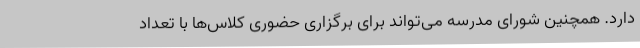
دارد. همچنین شورای مدرسه می‌تواند برای برگزاری حضوری کلاس‌ها با تعداد